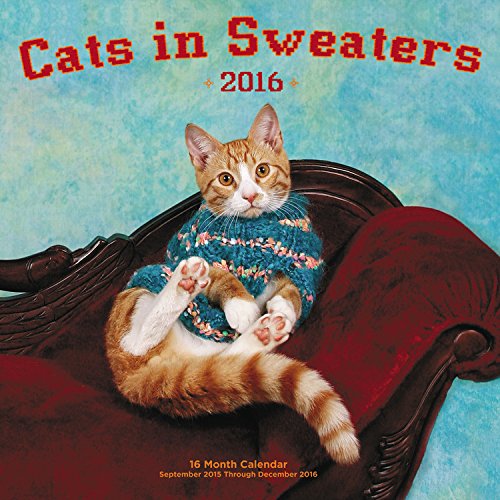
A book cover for Cats in Sweaters 2016 Mini: 16-Month Calendar September 2015 through December 2016; Editors of Rock Point; Calendars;